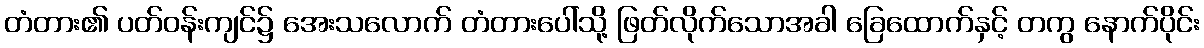
တံတား၏ ပတ်ဝန်းကျင်၌ အေးသလောက် တံတားပေါ်သို့ ဖြတ်လိုက်သောအခါ ခြေထောက်နှင့် တကွ နောက်ပိုင်း